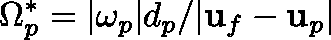
\Omega _ { p } ^ { \ast } = | \mathbf { \omega } _ { p } | d _ { p } / | \mathbf { u } _ { f } - \mathbf { u } _ { p } |